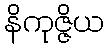
နိကုဇ္ဇိယ